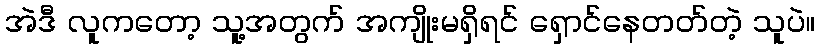
အဲဒီ လူကတော့ သူ့အတွက် အကျိုးမရှိရင် ရှောင်နေတတ်တဲ့ သူပဲ။